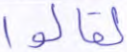
لقالوا